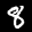
Label: 8